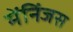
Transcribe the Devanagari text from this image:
मेंनिंजस